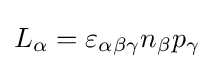
L_{\alpha }=\varepsilon _{\alpha \beta \gamma }n_{\beta }p_{\gamma }